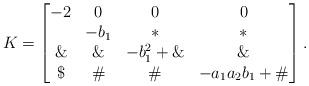
LaTeX: \begin{align*}K=\begin{bmatrix}-2 & 0 & 0 & 0 \\* & -b_1 & * & * \\\& &\& & -b_1^2+ \& & \& \\\$ & \# &\# & -a_1a_2b_1+\# \end{bmatrix}.\end{align*}